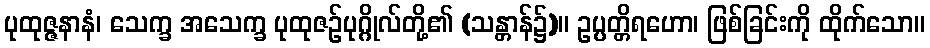
ပုထုဇ္ဇနာနံ၊ သေက္ခ အသေက္ခ ပုထုဇဉ်ပုဂ္ဂိုလ်တို့၏ (သန္တာန်၌)။ ဥပ္ပတ္တိရဟော၊ ဖြစ်ခြင်းကို ထိုက်သော။